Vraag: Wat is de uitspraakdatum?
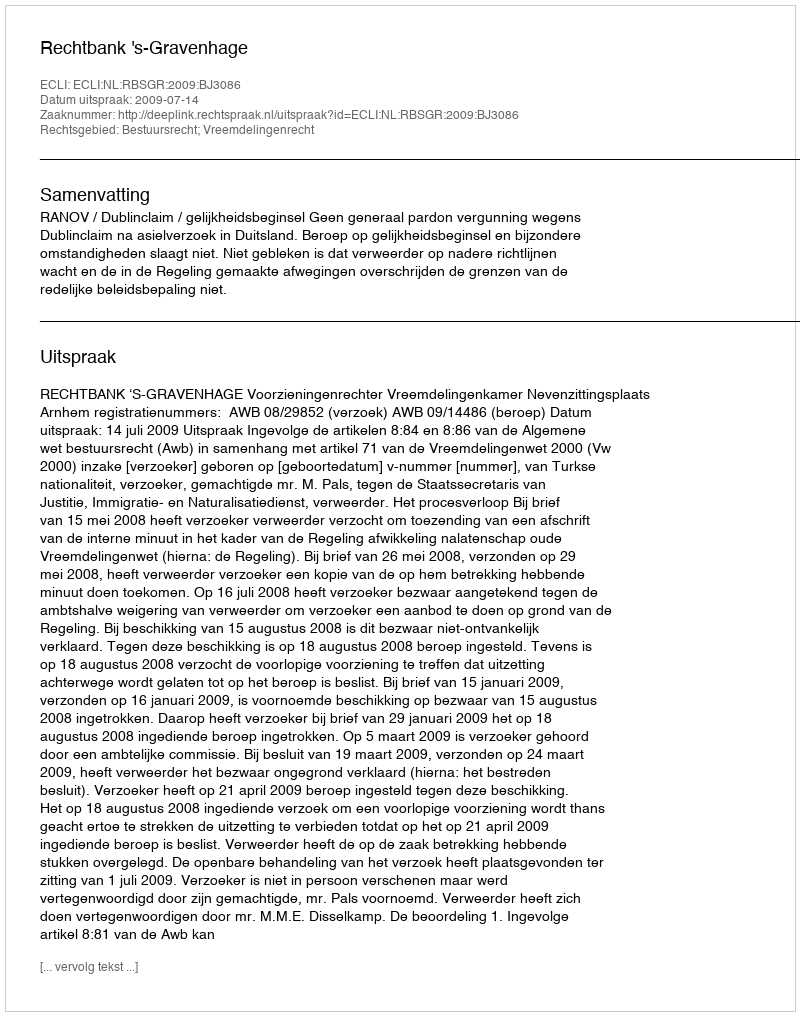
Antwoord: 2009-07-14